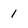
Character: 1